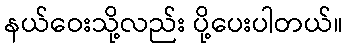
နယ်ဝေးသို့လည်း ပို့ပေးပါတယ်။